Papers set at the Examination for Leaving Certificates, 1889
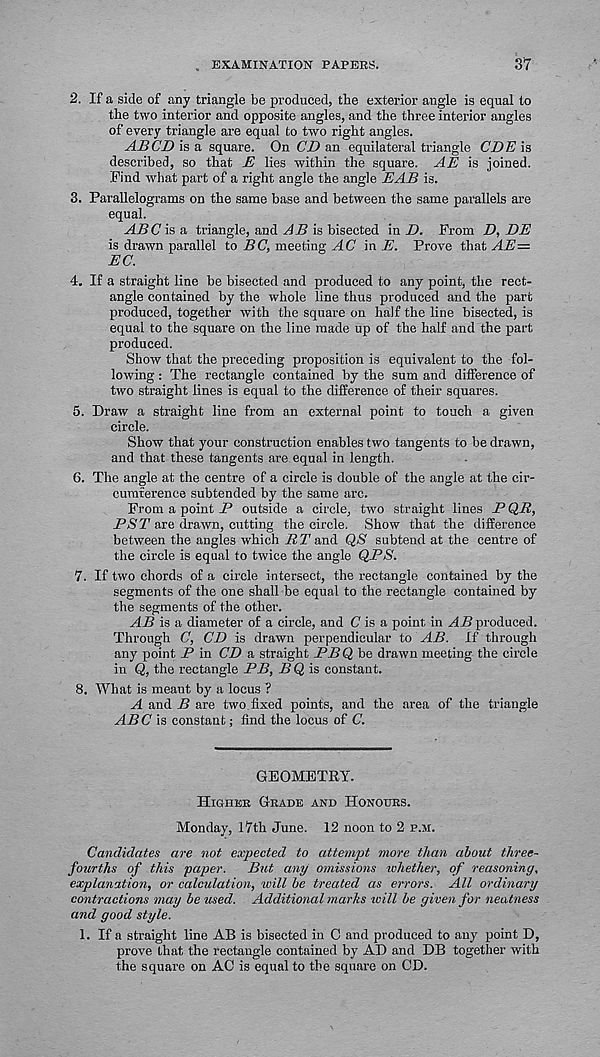
t EXAMINATION PAPERS.
37
2. If a side of any triangle be produced, the exterior angle is equal to
the two interior and opposite angles, and the three interior angles
of every triangle are equal to two right angles.
ABCD is a square. On CD an equilateral triangle CDE is
described, so that E lies within the square. AE is joined.
Find what part of a right angle the angle EAB is.
3. Parallelograms on the same base and between the same parallels are
equal.
ABC is a triangle, and AB is bisected in D. From D, DE
is drawn parallel to BC, meeting AC in E. Prove that AE—
EC.
4. If a straight line be bisected and produced to any point, the rect-
angle contained by the whole line thus produced and the part
produced, together with the square on half the line bisected, is
equal to the square on the line made up of the half and the part
produced.
Show that the preceding proposition is equivalent to the fol-
lowing : The rectangle contained by the sum and difference of
two straight lines is equal to the difference of their squares.
5. Draw a straight line from an external point to touch a given
circle.
Show that your construction enables two tangents to be drawn,
and that these tangents are equal in length.
6. The angle at the centre of a circle is double of the angle at the cir-
cumference subtended by the same arc.
From a point P outside a circle, twm straight lines P QR,
PS T are drawn, cutting the circle. Show that the difference
between the angles which RT and QS subtend at the centre of
the circle is equal to twice the angle QPS.
7. If two chords of a circle intersect, the rectangle contained by the
segments of the one shall be equal to the rectangle contained by
the segments of the other.
AB is a diameter of a circle, and C is a point in AB produced.
Through C, CD is drawn perpendicular to AB. If through
any point P in CD a straight PB Q be drawn meeting the circle
in Q, the rectangle PB, BQ is constant.
8. What is meant by a locus ?
A and B are two fixed points, and the area of the triangle
ABC is constant; find the locus of C.
GEOMETRY.
Higher Grade and Honours.
Monday, 17th June. 12 noon to 2 p.m.
Candidates are not expected to attempt more than about three-
fourths of this paper. But any omissions whether, of reasoning,
explanation, or calculation, xoill be treated as errors. All ordinary
contractions may be used. Additional marhs will be given for neatness
and good style.
1. If a straight line AB is bisected in C and produced to any point D,
prove that the rectangle contained by AD and DB together with
the square on AC is equal to the square on CD.